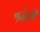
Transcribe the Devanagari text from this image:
श्रद्धेची